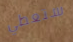
ستعطي